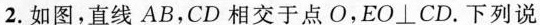
2.如图，直线AB，CD相交于点O，EO⊥CD。下列说